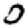
Digit: 0